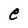
Character: e